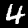
Digit: 4